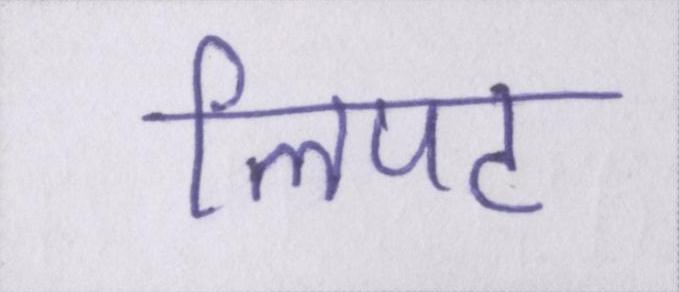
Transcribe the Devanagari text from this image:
लिपट